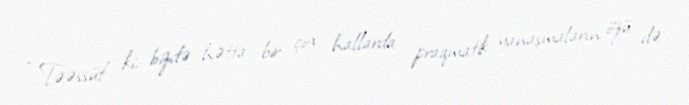
- Təəssüf ki, bizdə hətta bir çox hallarda praqmatik yanaşmaların özü də